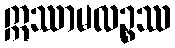
ဣဿာမလဉ္စဿ